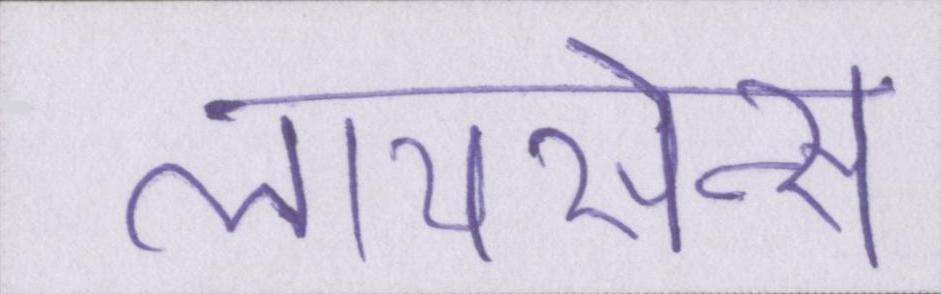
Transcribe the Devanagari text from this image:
लायसेन्स